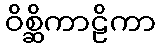
ဝိစ္ဆိကာဠိကာ